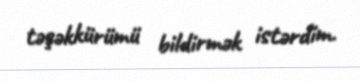
təşəkkürümü bildirmək istərdim.